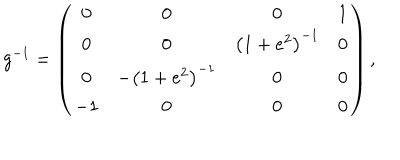
g ^ { - 1 } = \left( \begin{array} { c c c c } { { 0 } } & { { 0 } } & { { 0 } } & { { 1 } } \\ { { 0 } } & { { 0 } } & { { \left( 1 + e ^ { 2 } \right) ^ { - 1 } } } & { { 0 } } \\ { { 0 } } & { { - \left( 1 + e ^ { 2 } \right) ^ { - 1 } } } & { { 0 } } & { { 0 } } \\ { { - 1 } } & { { 0 } } & { { 0 } } & { { 0 } } \\ \end{array} \right) ,